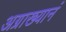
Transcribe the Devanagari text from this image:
अग्राख्यानं